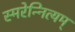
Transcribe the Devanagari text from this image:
स्मरेन्‍नित्यम्‌